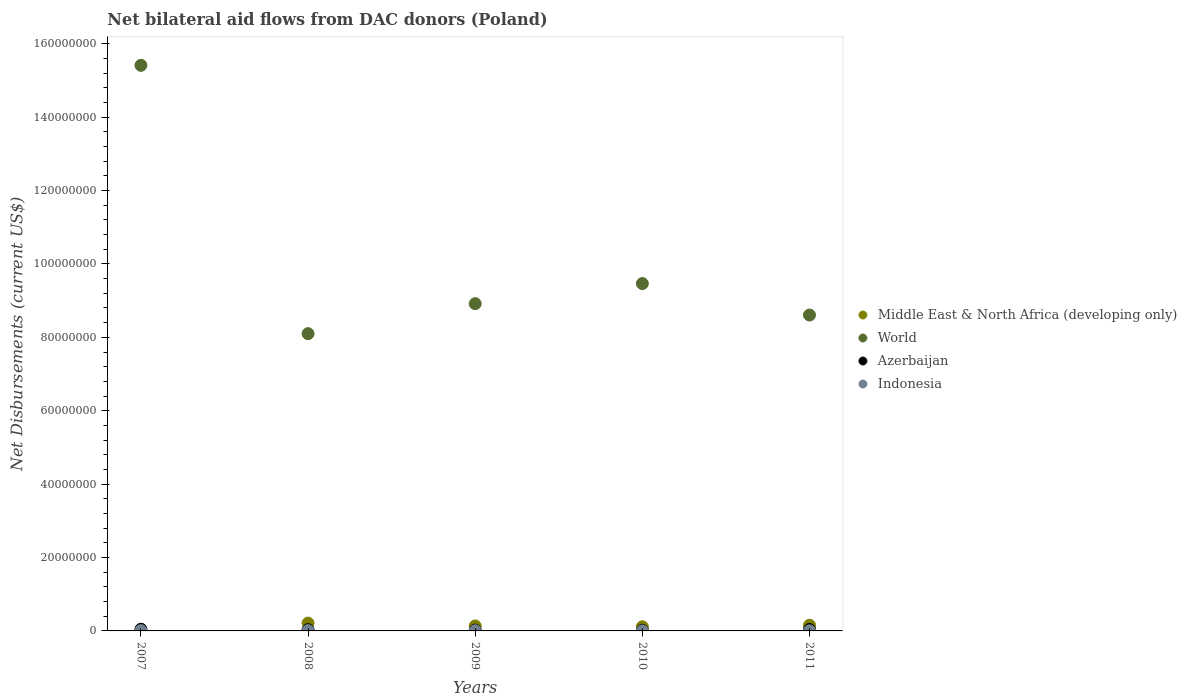
| Years | Middle East & North Africa (developing only) | World | Azerbaijan | Indonesia |
 | --- | --- | --- | --- | --- |
 | 2007 | -2.65e+06 | 1.54e+08 | 4.7e+05 | 8e+04 |
 | 2008 | 2.13e+06 | 8.1e+07 | 3.3e+05 | 8e+04 |
 | 2009 | 1.36e+06 | 8.92e+07 | 2.2e+05 | 5e+04 |
 | 2010 | 1.13e+06 | 9.46e+07 | 1.8e+05 | 1e+04 |
 | 2011 | 1.55e+06 | 8.61e+07 | 4e+05 | 3e+04 |